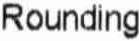
ROUNDING